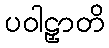
ပဝါဠှာတိ